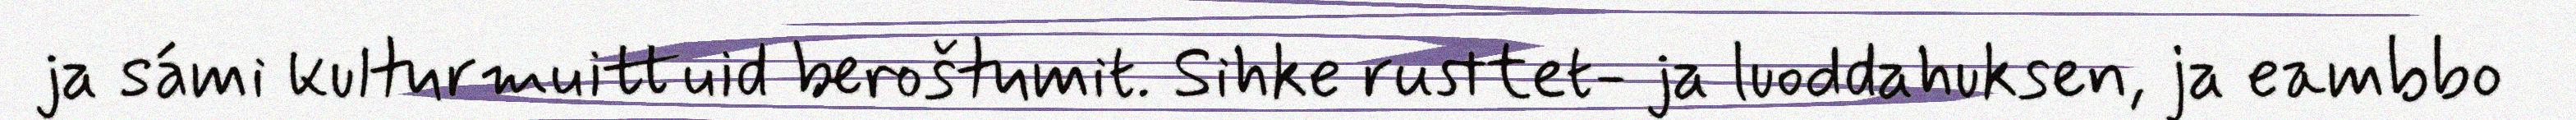
ja sámi kulturmuittuid beroštumit. Sihke rusttet- ja luoddahuksen, ja eambbo